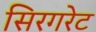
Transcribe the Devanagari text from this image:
सिरगरेट